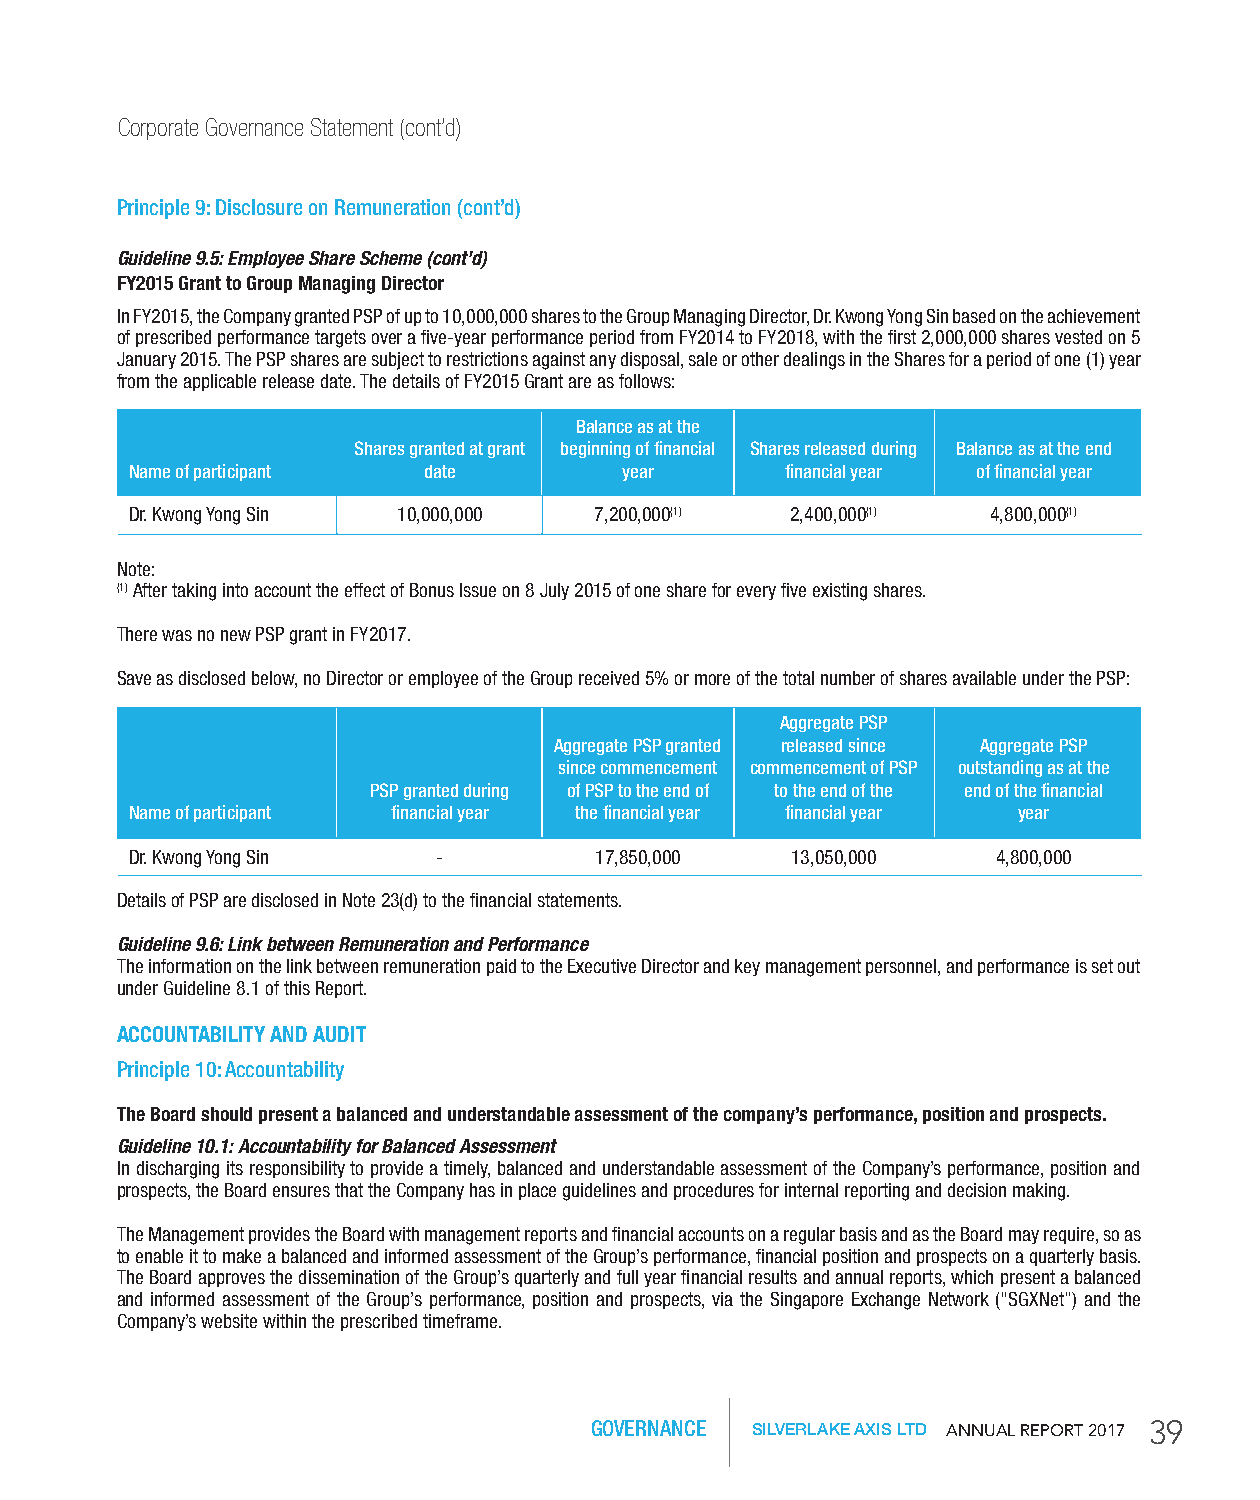
Corporate Governance Statement (cont’d)
 Principle 9: Disclosure on Remuneration (cont’d)
 Guideline 9.5: Employee Share Scheme (cont’d)
 FY2015 Grant to Group Managing Director
 In FY2015, the Company granted PSP of up to 10,000,000 shares to the Group Managing Director, Dr. Kwong Yong Sin based on the achievement
 of prescribed performance targets over a five-year performance period from FY2014 to FY2018, with the first 2,000,000 shares vested on 5
 January 2015. The PSP shares are subject to restrictions against any disposal, sale or other dealings in the Shares for a period of one (1) year
 from the applicable release date. The details of FY2015 Grant are as follows:
 balance as at the
 Shares granted at grant beginning of financial Shares released during balance as at the end
 Name of participant date        year       financial year of financial year
 Dr. Kwong Yong Sin 10,000,000 7,200,000(1) 2,400,000(1)  4,800,000(1)
 Note:
 (1) After taking into account the effect of Bonus Issue on 8 July 2015 of one share for every five existing shares.
 There was no new PSP grant in FY2017.
 Save as disclosed below, no Director or employee of the Group received 5% or more of the total number of shares available under the PSP:
 Aggregate PSP
 Aggregate PSP granted released since Aggregate PSP
 since commencement commencement of PSP outstanding as at the
 PSP granted during of PSP to the end of to the end of the end of the financial
 Name of participant financial year the financial year financial year year
 Dr. Kwong Yong Sin  -         17,850,000   13,050,000    4,800,000
 Details of PSP are disclosed in Note 23(d) to the financial statements.
 Guideline 9.6: Link between Remuneration and Performance
 The information on the link between remuneration paid to the Executive Director and key management personnel, and performance is set out
 under Guideline 8.1 of this Report.
 ACCOUNTABILITY AND AUDIT
 Principle 10: Accountability
 The Board should present a balanced and understandable assessment of the company’s performance, position and prospects.
 Guideline 10.1: Accountability for Balanced Assessment
 In discharging its responsibility to provide a timely, balanced and understandable assessment of the Company’s performance, position and
 prospects, the Board ensures that the Company has in place guidelines and procedures for internal reporting and decision making.
 The Management provides the Board with management reports and financial accounts on a regular basis and as the Board may require, so as
 to enable it to make a balanced and informed assessment of the Group’s performance, financial position and prospects on a quarterly basis.
 The Board approves the dissemination of the Group’s quarterly and full year financial results and annual reports, which present a balanced
 and informed assessment of the Group’s performance, position and prospects, via the Singapore Exchange Network (“SGXNet”) and the
 Company’s website within the prescribed timeframe.
 GOVERNANCE SILVERLAKE AXIS LTD AnnuAl RepoRt 2017 39